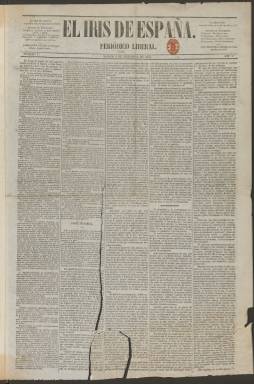
Título: El Iris de España
Colección: Periódicos
Ámbito geográfico: Madrid
Lugar de publicación: Madrid
Fechas: 02/12/1854-29/05/1855